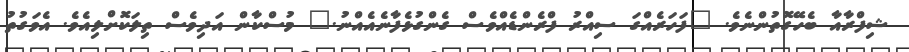
ޝިފްރާއާ ބެހޭގޮތުންނެވެ. "ފަހަރެއްގަ ސިއްރު ފްރެންޑެއްވެސް ގެންގުޅެފާނެއެއްނު." މުސްކާން އަދިވެސް ތިލަކޮށްލިއެވެ. އެވަގުތު